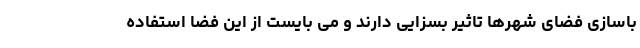
باسازی فضای شهرها تاثیر بسزایی دارند و می بایست از این فضا استفاده